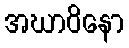
အဃာဝိနော